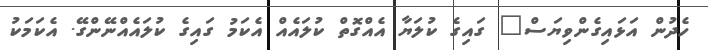
ހެދުން އަޅައިގެންވިޔަސް" ގައިގެ ކުލަޔާ އެއްގޮތް ކުލައެއް އެކަމު ގައިގެ ކުލައެއްނޭންގޭ. އެކަމަކު